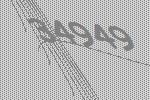
34949